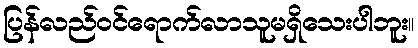
ပြန်လည်ဝင်ရောက်လာသူမရှိသေးပါဘူး။